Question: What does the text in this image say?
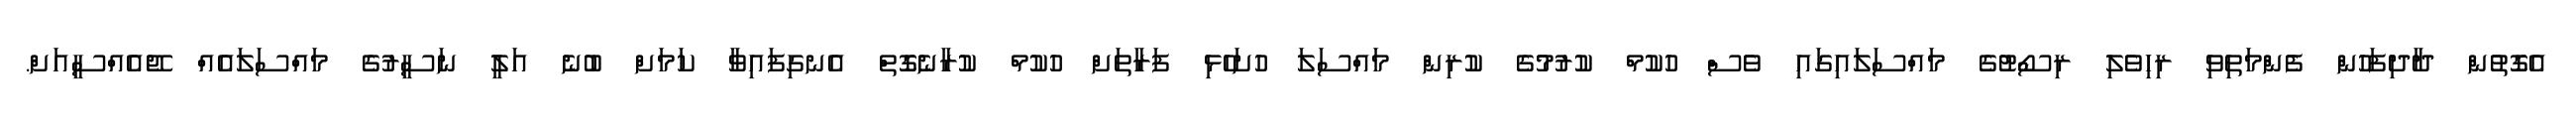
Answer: އެގޮތުން ދާދިފަހުން ފެންމަތިވި ރިހިވެލި ރިސޯޓުގެ މައްސަލައިގައި ވެސް ހުކުމް ކުރުމުގެ ކުރިން މައްސަލަ ހުށަހެޅި ފަރާތަށް ހުކުމް ކުރާނެގޮތް އެނގިފައިވާ ކަމަށް ބުނެ އަލީ ނަސީރުގެ މައްސަލައެއް ޖޭއެއްސީއަށް.